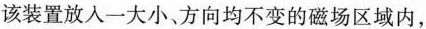
该装置放入一大小方向均不变的磁场区域内，